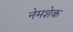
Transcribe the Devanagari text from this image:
नेमशेक